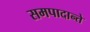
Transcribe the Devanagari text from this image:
समपादान्ते